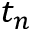
t _ { n }